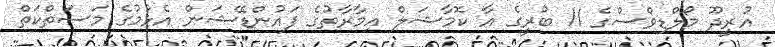
އުރީދޫ މޯލްޑިވްސްގެ 11 ބުރީގެ އާ ކޮމާޝަލް އިމާރާތުގެ ފައުންޑޭޝަން އެޅުމުގެ މަސަތްކަތް